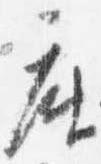
座